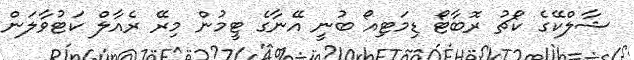
ޝާލްކޭގެ ކޯޗު ރޮބާޓޯ ޑިމަޓިއޯ ބުނީ އޭނާގެ ޓީމުން މިރޭ ރެއާލް ކަޓުވާލަން